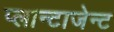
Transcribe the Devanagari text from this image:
प्लान्टाजेन्ट